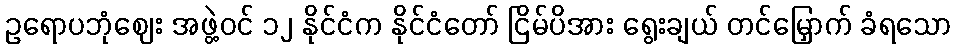
ဥရောပဘုံဈေး အဖွဲ့ဝင် ၁၂ နိုင်ငံက နိုင်ငံတော် ငြိမ်ပိအား ရွေးချယ် တင်မြှောက် ခံရသော